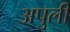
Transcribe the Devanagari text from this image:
अपुलीं